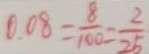
0 . 0 8 = \frac { 8 } { 1 0 0 } = \frac { 2 } { 2 5 }